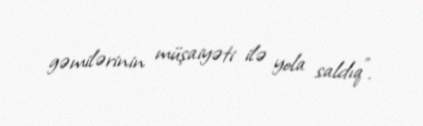
gəmilərinin müşaiyəti ilə yola saldıq”.